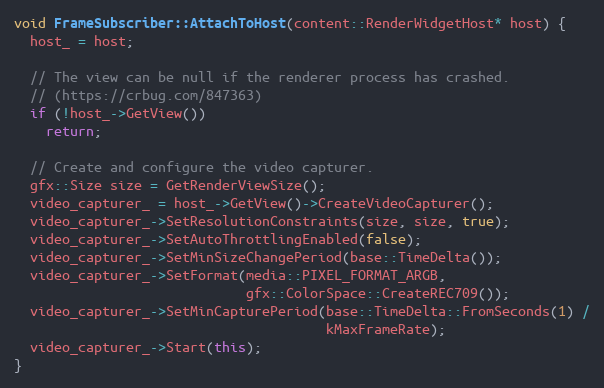
Language: C++
void FrameSubscriber::AttachToHost(content::RenderWidgetHost* host) {
  host_ = host;

  // The view can be null if the renderer process has crashed.
  // (https://crbug.com/847363)
  if (!host_->GetView())
    return;

  // Create and configure the video capturer.
  gfx::Size size = GetRenderViewSize();
  video_capturer_ = host_->GetView()->CreateVideoCapturer();
  video_capturer_->SetResolutionConstraints(size, size, true);
  video_capturer_->SetAutoThrottlingEnabled(false);
  video_capturer_->SetMinSizeChangePeriod(base::TimeDelta());
  video_capturer_->SetFormat(media::PIXEL_FORMAT_ARGB,
                             gfx::ColorSpace::CreateREC709());
  video_capturer_->SetMinCapturePeriod(base::TimeDelta::FromSeconds(1) /
                                       kMaxFrameRate);
  video_capturer_->Start(this);
}